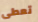
تعطى